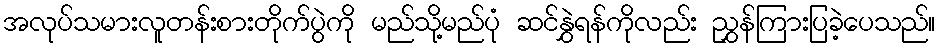
အလုပ်သမားလူတန်းစားတိုက်ပွဲကို မည်သို့မည်ပုံ ဆင်နွှဲရန်ကိုလည်း ညွှန်ကြားပြခဲ့ပေသည်။